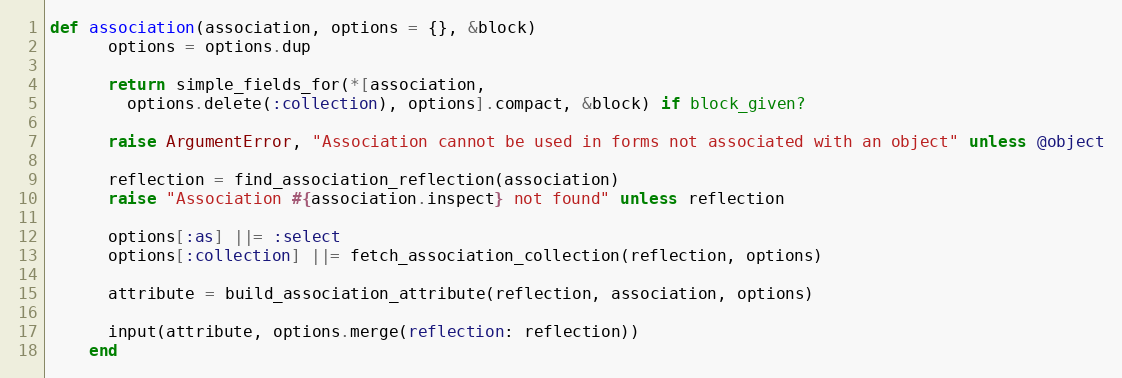
Language: Ruby
def association(association, options = {}, &block)
      options = options.dup

      return simple_fields_for(*[association,
        options.delete(:collection), options].compact, &block) if block_given?

      raise ArgumentError, "Association cannot be used in forms not associated with an object" unless @object

      reflection = find_association_reflection(association)
      raise "Association #{association.inspect} not found" unless reflection

      options[:as] ||= :select
      options[:collection] ||= fetch_association_collection(reflection, options)

      attribute = build_association_attribute(reflection, association, options)

      input(attribute, options.merge(reflection: reflection))
    end